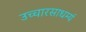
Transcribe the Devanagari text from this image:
उच्चारसाधर्म्य